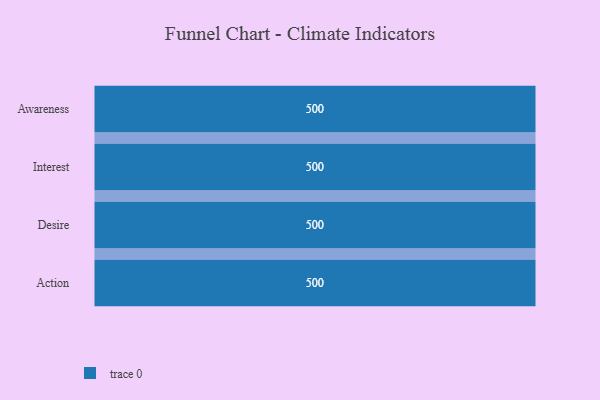
{"axis": {"x": "Stage", "y": "Value"}, "legend": [""], "data": [{"x": "Awareness", "y": 500, "type": ""}, {"x": "Interest", "y": 500, "type": ""}, {"x": "Desire", "y": 500, "type": ""}, {"x": "Action", "y": 500, "type": ""}]}